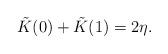
LaTeX: \begin{align*}\tilde{K}(0)+\tilde{K}(1)=2\eta.\end{align*}